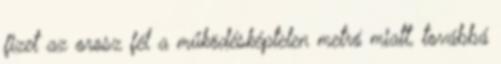
fizet az orosz fél a működésképtelen metró miatt, továbbá